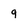
Character: q